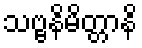
သဗ္ဗနိမိတ္တာနိ